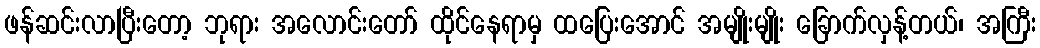
ဖန်ဆင်းလာပြီးတော့ ဘုရား အလောင်းတော် ထိုင်နေရာမှ ထပြေးအောင် အမျိုးမျိုး ခြောက်လှန့်တယ်၊ အကြီး